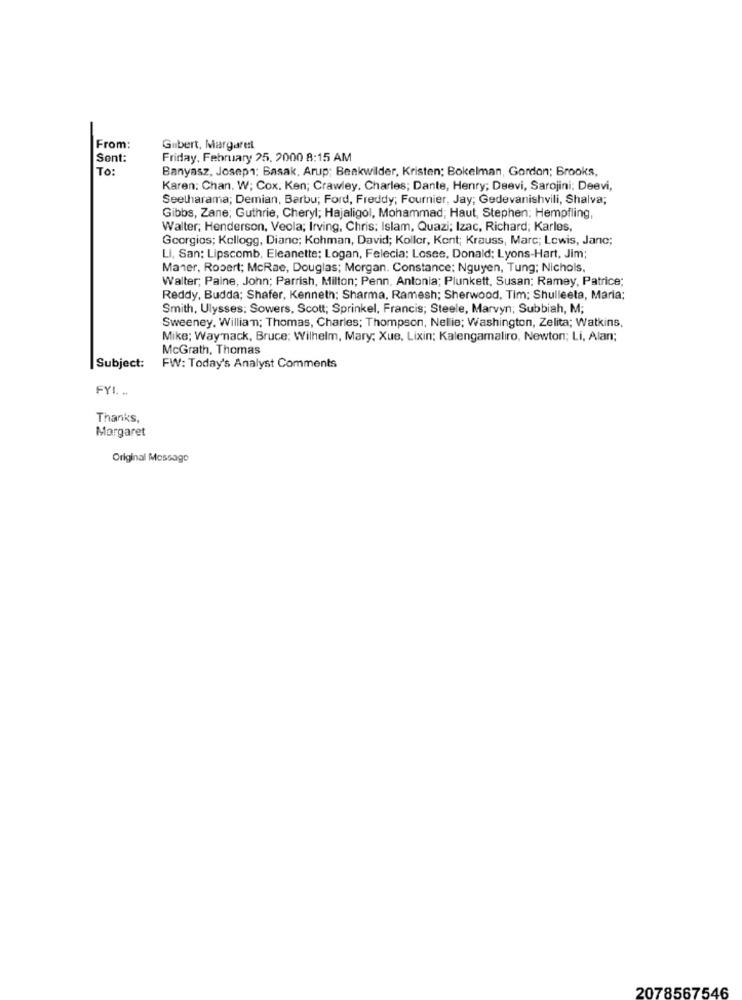
From:
Guibert, Margaret
Sent:
Friday, February 25, 2000 8:15 AM
To:
Banyasz, Josep": Basak, Arup; Beakwilder, Kristen; Bokelman, Gordon; Brooks,
Karen: Chan. W; Cox. Ken; Crawley. Charles; Dante, Henry; Deevi, Sarojini: Deevi,
Seelharama; Demian, Barbu; Ford, Freddy; Fournier, Jay; Gedevanishvili, Shalva;
Gibbs, Zane; Guthrie, Cheryl; Hajaligol, Mohammad; Haut, Stephen; Hempfling,
Walter; Henderson, Veola; Irving, Chris; Islam, Quazi; Izac, Richard; Karles,
Georgios; Kellogg, Dianc; Kohman, David; Koller, Kent; Krauss, Marc; Lewis, Jane;
Li, San: Lipscomb, Eleanette; Logan, Felecia: Losee, Donald; Lyons-Hart, Jim;
Maner, Robert; McRae, Douglas; Morgan. Constance; Nguyen, Tung; Nichols,
Walter; Paine, John; Parrish, Milton; Penn, Antonia; Plunkett, Susan; Ramey, Patrice;
Reddy, Budda; Shafer, Kenneth; Sharma, Ramesh; Sherwood, Tim; Shulleeta, Maria;
Smith, Ulysses: Sowers, Scott; Sprinkel, Francis; Steele, Marvyn; Subbiah, M;
Sweeney. William; Thomas, Charles; Thompson, Nellie; Washington, Zelita; Watkins,
Mike; Way nack, Bruce; Wilhelm, Mary; Xue, Lixin; Kalengamaliro, Newton; Li, Alan;
McGrath, Thomas
Subject:
FW: Today's Analyst Comments
FYI. ..
Thanks,
Margaret
Original Message
2078567546